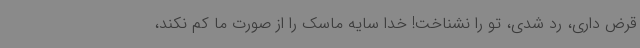
قرض داری، رد شدی، تو را نشناخت! خدا سایه ماسک را از صورت ما کم نکند،